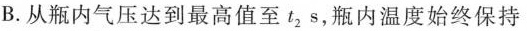
B.从瓶内气压达到最高值至t_{2}s，瓶内温度始终保持